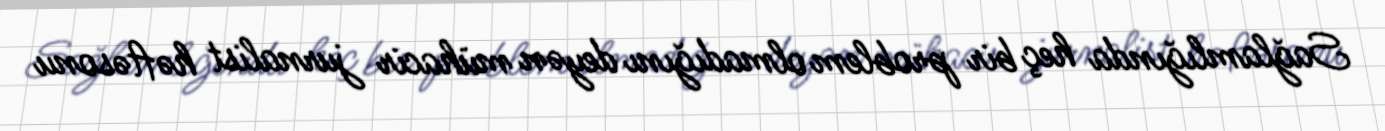
Sağlamlığında heç bir problem olmadığını deyən mühacir jurnalist həftəsonu